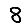
Digit: 8